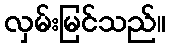
လှမ်းမြင်သည်။